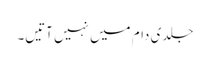
جلدی دام میں نہیں آتیں۔